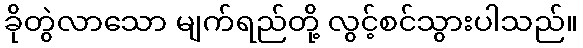
ခိုတွဲလာသော မျက်ရည်တို့ လွင့်စင်သွားပါသည်။